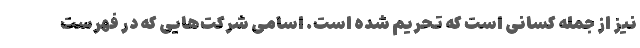
نیز از جمله کسانی است که تحریم شده است. اسامی شرکت‌هایی که در فهرست